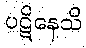
ပဋိနေသိ